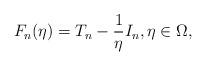
LaTeX: \begin{align*}F_n(\eta) = T_n - \frac{1}{\eta} I_n, \eta \in \Omega,\end{align*}